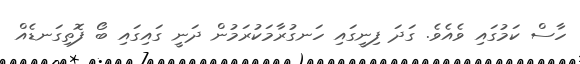
ހާސް ކަމުގައި ވެއެވެ. ގަދަ ފިނީގައި ހަނގުރާމަކުރަމުން ދަނީ ގައިގައި ބޯ ފޮތިގަނޑެއް